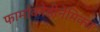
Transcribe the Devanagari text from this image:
फार्माकोडीनेमिक्स